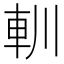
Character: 䡅